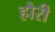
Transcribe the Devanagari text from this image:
हौरी